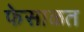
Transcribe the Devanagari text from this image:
फेसाळत